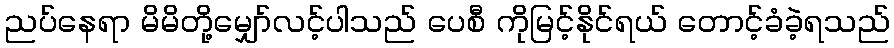
ညပ်နေရာ မိမိတို့မျှော်လင့်ပါသည် ပေစီ ကိုမြင့်နိုင်ရယ် တောင့်ခံခဲ့ရသည်